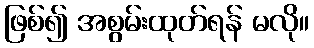
ဖြစ်၍ အစွမ်းထုတ်ရန် မလို။